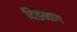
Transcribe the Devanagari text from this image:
दिङनाग